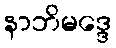
နာဘိမဒ္ဒေ